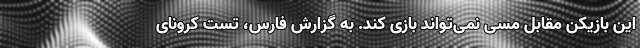
این بازیکن مقابل مسی نمی‌تواند بازی کند. به گزارش فارس، تست کرونای